Vabadussoja_Ajaloo_Komitee, lk 26
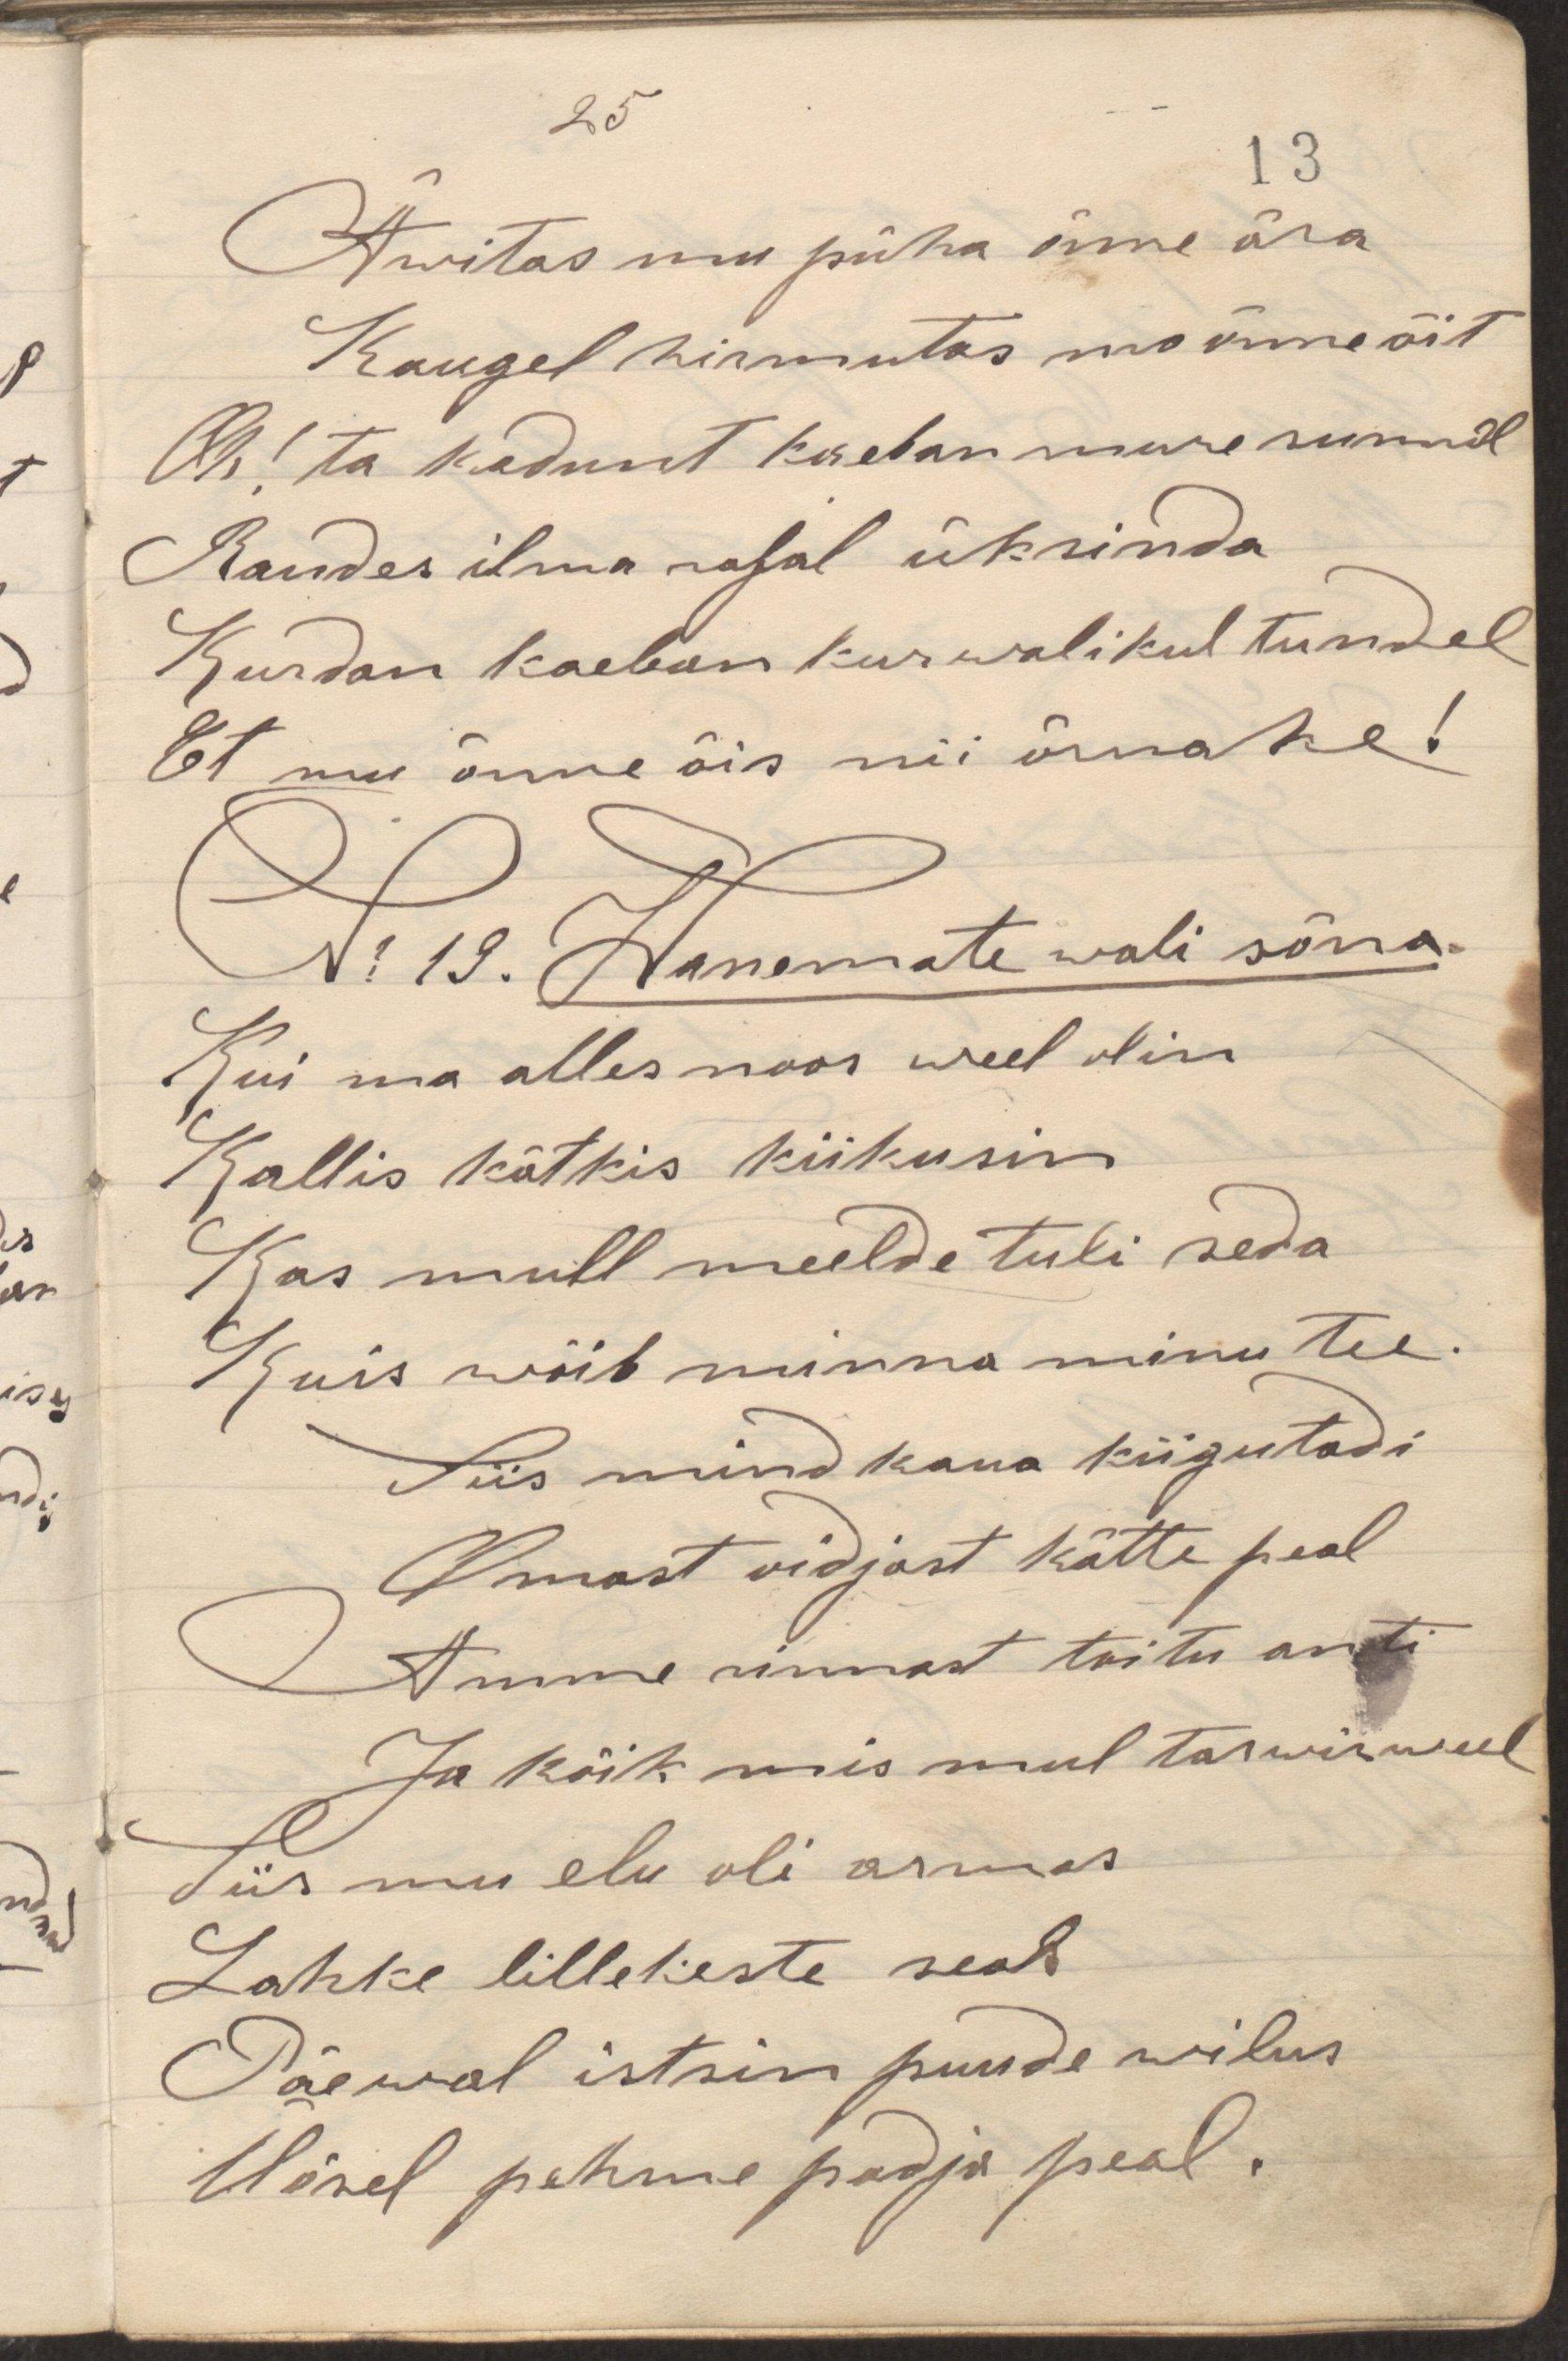
Äwitas mu püha õnne ära
Kaugel hirmutas mu õnne õit
Oh! ta kadunt kaeban mure sunnil
Randes ilma rajal üksinda
Kurdan kaeban kurwalikul tundel
Et mu õnne õis nii õrnake!
N: 19. Wanemate wali sõna.
Kui ma alles noor weel olin
Kallis kätkis kiikusin
Kas mull meelde tuli seda
Kuis wiib minna minu tee.
Siis mind kaua kiigutadi
Omast vidjast kätte peal
Amme rinnast toitu anti
Ja kõik mis mul tarwis weel
Siis mu elu oli armas
Lahke lillekeste seas
Päewal istsin puude wilus
Öösel pehme padja peal.